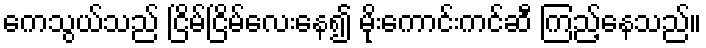
ကေသွယ်သည် ငြိမ်ငြိမ်လေးနေ၍ မိုးကောင်းကင်ဆီ ကြည့်နေသည်။